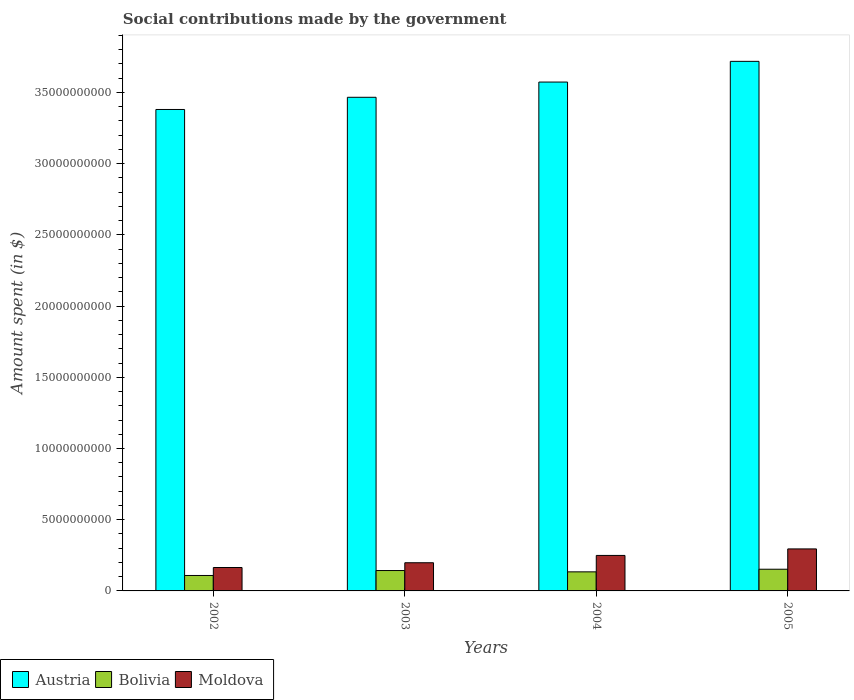
| Years | Austria | Bolivia | Moldova |
 | --- | --- | --- | --- |
 | 2002 | 3.38e+10 | 1.08e+09 | 1.64e+09 |
 | 2003 | 3.47e+10 | 1.43e+09 | 1.98e+09 |
 | 2004 | 3.57e+10 | 1.34e+09 | 2.49e+09 |
 | 2005 | 3.72e+10 | 1.52e+09 | 2.95e+09 |